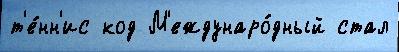
т'е́нн'ис код М'еждунаро́дный стал